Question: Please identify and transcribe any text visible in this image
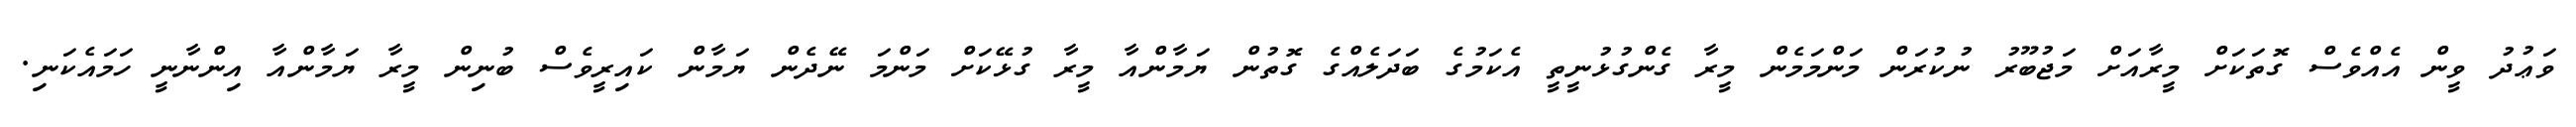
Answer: ވަޢުދު ވީން އެއްވެސް ގޮތަކަށް މީރާއަށް މަޖުބޫރު ނުކުރަން މަންމަމެން މީރާ ގެންގުޅުނީތީ އެކަމުގެ ބަދަލެއްގެ ގޮތުން ޔަމާންއާ މީރާ ގުޅޭކަށް މަންމަ ނޭދެން ޔަމާން ކައިރީވެސް ބުނިން މީރާ ޔަމާންއާ އިންނާނީ ހަމައެކަނި.